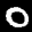
Label: 0